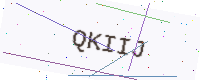
Text: QKIIJ